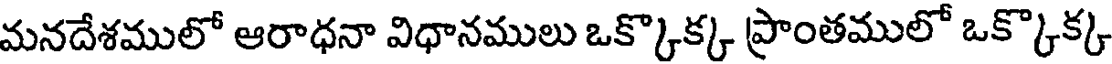
మనదేశములో ఆరాధనా విధానములు ఒక్కొక్క ప్రాంతములో ఒక్కొక్క